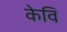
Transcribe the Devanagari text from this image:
केविं